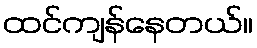
ထင်ကျန်နေတယ်။